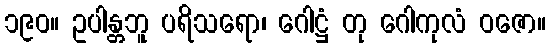
၁၉၀။ ဥပါန္တဘူ ပရိသရော၊ ဂေါဋ္ဌံ တု ဂေါကုလံ ဝဇော။